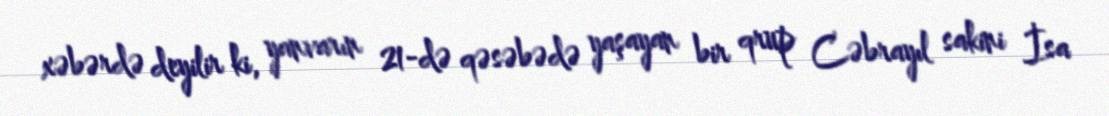
xəbərdə deyilir ki, yanvarın 21-də qəsəbədə yaşayan bir qrup Cəbrayıl sakini İsa